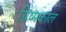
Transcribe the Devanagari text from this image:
ग्रिष्मकाल